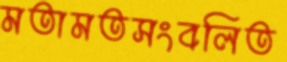
মতামতসংবলিত